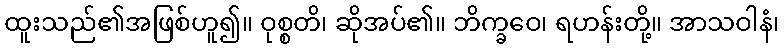
ထူးသည်၏အဖြစ်ဟူ၍။ ဝုစ္စတိ၊ ဆိုအပ်၏။ ဘိက္ခဝေ၊ ရဟန်းတို့။ အာသဝါနံ၊